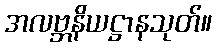
အလဗ္ဘနိယဋ္ဌာနသုတ်။